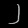
Digit: ၂